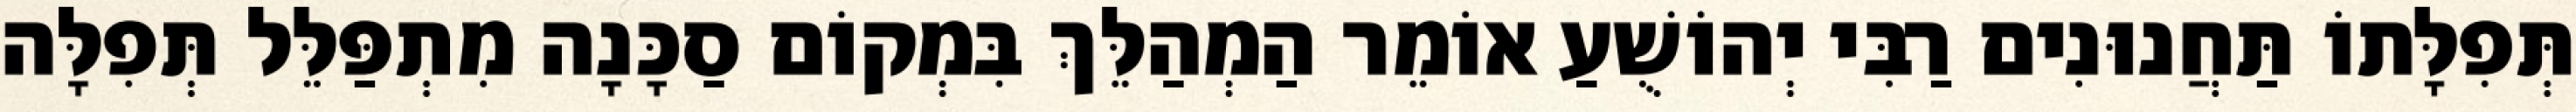
תְּפִלָּתוֹ תַּחֲנוּנִים רַבִּי יְהוֹשֻׁעַ אוֹמֵר הַמְהַלֵּךְ בִּמְקוֹם סַכָּנָה מִתְפַּלֵּל תְּפִלָּה